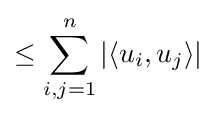
\leq \sum _{i,j=1}^{n}|\langle u_{i},u_{j}\rangle |